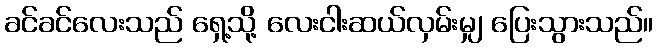
ခင်ခင်လေးသည် ရှေ့သို့ လေးငါးဆယ်လှမ်းမျှ ပြေးသွားသည်။